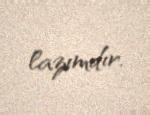
lazımdır.